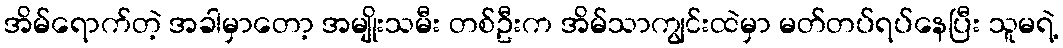
အိမ်ရောက်တဲ့ အခါမှာတော့ အမျိုးသမီး တစ်ဦးက အိမ်သာကျွင်းထဲမှာ မတ်တပ်ရပ်နေပြီး သူမရဲ့